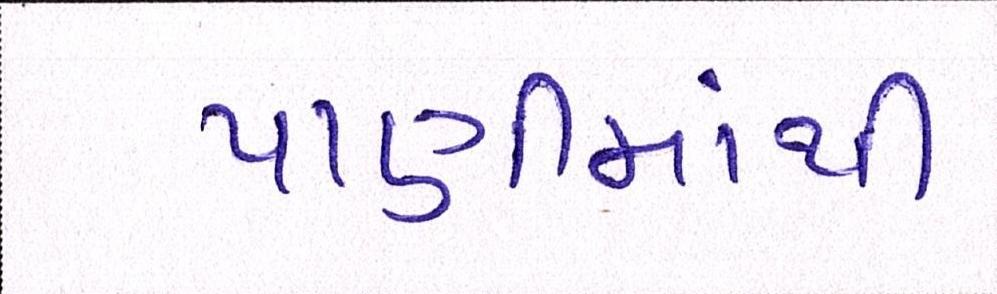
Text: પાણીમાંથી